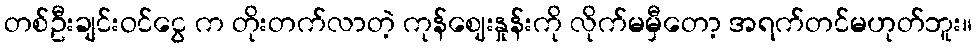
တစ်ဦးချင်းဝင်ငွေ က တိုးတက်လာတဲ့ ကုန်ဈေးနှုန်းကို လိုက်မမှီတော့ အရက်တင်မဟုတ်ဘူး။